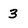
Character: 3